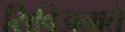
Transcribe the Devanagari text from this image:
सिविअताते